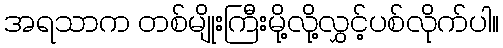
အရသာက တစ်မျိုးကြီးမို့လို့လွှင့်ပစ်လိုက်ပါ။